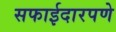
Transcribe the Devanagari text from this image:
सफाईदारपणे